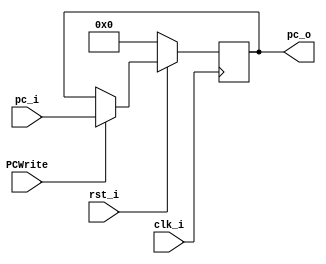
/***************************************************
Student Name: 
Student ID: 
***************************************************/

`timescale 1ns/1ps

module ProgramCounter(
    input				clk_i,
	input 				rst_i,
	input 				PCWrite,
	input	   [32-1:0] pc_i,
	output reg [32-1:0] pc_o
	);
 
//Main function
always @(posedge clk_i) begin
		if(~rst_i)
			pc_o <= 0;
		else if(PCWrite)
			pc_o <= pc_i;
	end

endmodule